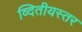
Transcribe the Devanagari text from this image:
व्दितीयस्तर